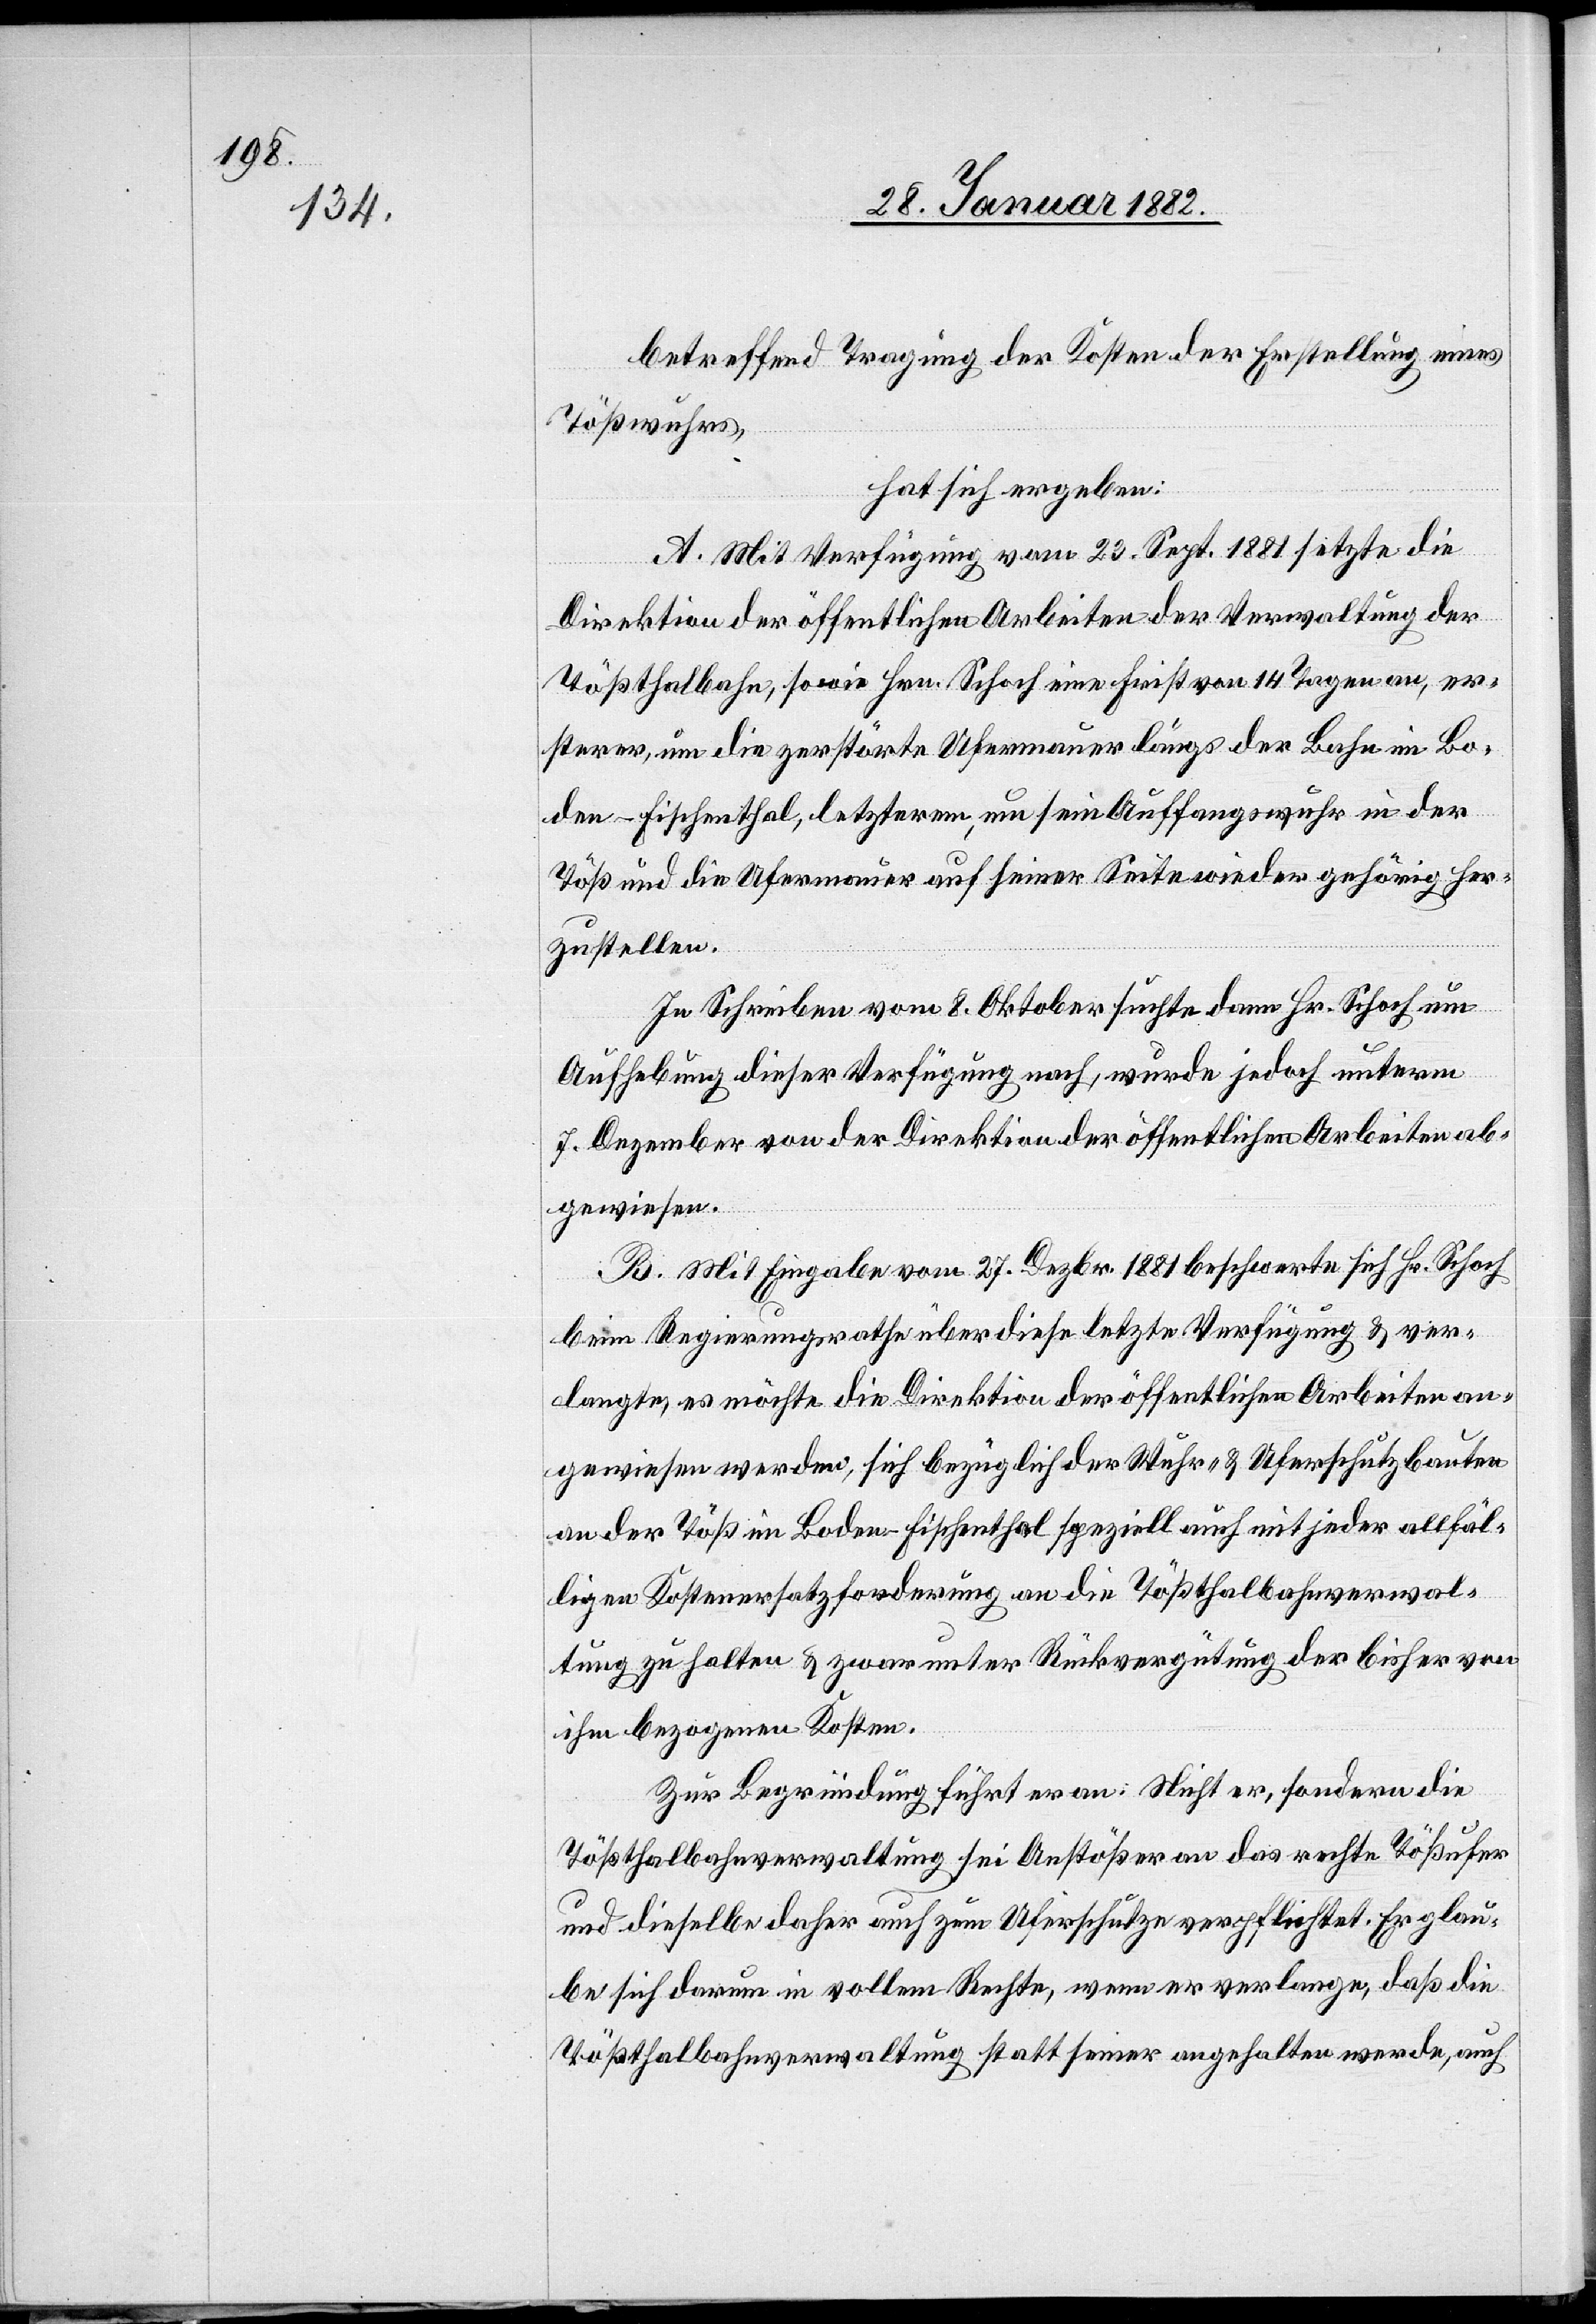
betreffend Tragung der Kosten der Erstellung eines
Tößwuhrs,
hat sich ergeben:
A. Mit Verfügung vom 23. Sept. 1881 setzte die
Direktion der öffentlichen Arbeiten der Verwaltung der
Tößthalbahn, sowie Hrn. Schoch eine Frist von 14 Tagen an, er¬
sterer, um die zerstörte Ufermauer längs der Bahn im Bo¬
den - Fischenthal, letztere, um sein Auffangswuhr in der
Töß und die Ufermauer auf seiner Seite wieder gehörig her¬
zustellen.
Im Schreiben vom 8. Oktober suchte der Hr. Schoch um
Aufhebung dieser Verfügung nach, wurde jedoch unterm
7. Dezember von der Direktion der öffentlichen Arbeiten ab¬
gewiesen.
B. Mit Eingabe vom 27. Dezbr. 1881 beschwerte sich Hr. Schoch
beim Regierungsrathe über diese letzte Verfügung & ver¬
langte, es möchte die Direktion der öffentlichen Arbeiten an¬
gewiesen werden, sich bezüglich der Wuhr- & Uferschutzbauten
an der Töß im Boden - Fischenthal speziell auch mit jeder allfäl¬
ligen Kostenersatzforderung an die Tößthalbahnverwal¬
tung zu halten & zwar unter Rückvergütung der bisher von
ihm bezogenen Kosten.
Zur Begründung führt er an: Nicht er, sondern die
Tößthalbahnverwaltung sei Anstößer an das erste Tößufer
und dieselbe daher auch zum Uferschutze verpflichtet. Er glau¬
be sich darum in vollem Rechte, wenn er verlange, daß die
Tößthalbahnverwaltung statt seiner angehalten werde, auch